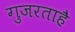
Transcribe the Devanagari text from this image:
गुजरताहै